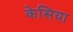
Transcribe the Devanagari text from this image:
केसिया